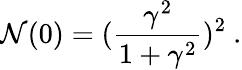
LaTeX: \mathcal{N}(0)=(\frac{{\gamma^{2}}}{{1+\gamma^{2}}})^{2}\ .